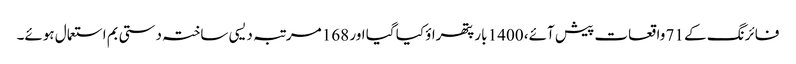
فائرنگ کے 71 واقعات پیش آئے، 1400 بار پتھراؤ کیا گیا اور 168 مرتبہ دیسی ساختہ دستی بم استعمال ہوئے۔